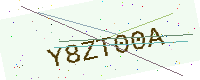
Text: Y8ZT00A